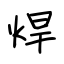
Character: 焊